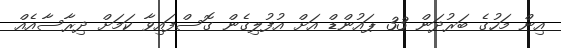
އިން މަހުގެ ބަރުދަން 33 ޕައުންޑް އަށް އުފުލިގެން ގޮސްފައިވާ ކަމަށް ދިރާސާއެއް